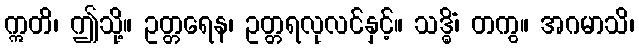
ဣတိ၊ ဤသို့။ ဥတ္တရေန၊ ဥတ္တရလုလင်နှင့်။ သဒ္ဓိံ၊ တကွ။ အဂမာသိ၊